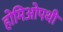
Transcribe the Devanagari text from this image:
होमिओपथी